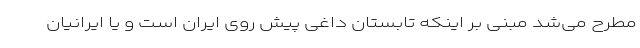
مطرح می‌شد مبنی بر اینکه تابستان داغی پیش روی ایران است و یا ایرانیان